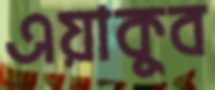
এয়াকুব